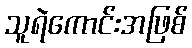
သူရဲကောင်းအဖြစ်